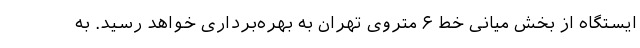
ایستگاه از بخش میانی خط ۶ متروی تهران به بهره‌برداری خواهد رسید. به